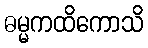
ဓမ္မကထိကောသိ